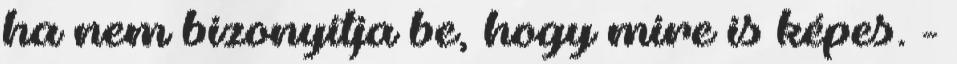
ha nem bizonyítja be, hogy mire is képes. -